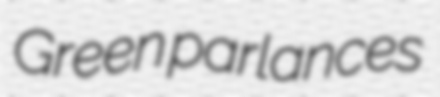
Green parlances